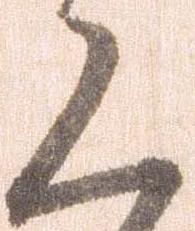
く